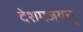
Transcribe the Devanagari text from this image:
देशमजयत्